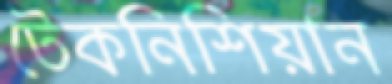
টেকনিশিয়ান